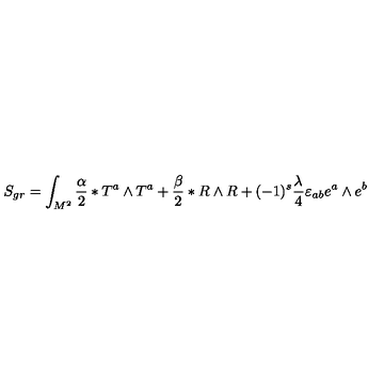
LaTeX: S _ { g r } = \int _ { M ^ { 2 } } ^ { } { \frac { \alpha } { 2 } } \ast T ^ { a } \wedge T ^ { a } + { \frac { \beta } { 2 } } \ast R \wedge R + ( - 1 ) ^ { s } { \frac { \lambda ^ { } } { 4 } } \varepsilon _ { a b } e ^ { a } \wedge e ^ { b }